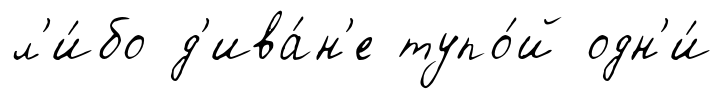
л'и́бо д'ива́н'е тупо́й одн'и́